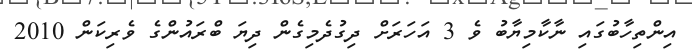
އިންތިހާބުގައި ނާކާމިޔާބު ވެ 3 އަހަރަށް ދިގުދެމިގެން ދިޔަ ބްރައުންގެ ވެރިކަން 2010